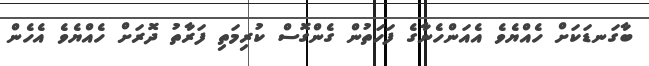
ބާގަނޑަކަށް ހެއްޔެވެ އެއަންހެނާގެ ފަހަތުން ގެންގޮސް ކުރިމަތި ފަރާތު ދޮރަށް ހެއްޔެވެ އެހެން